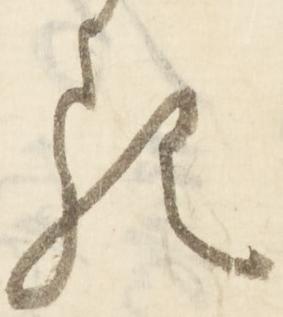
る